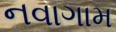
નવાગામ